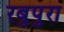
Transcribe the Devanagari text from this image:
रबुपुरा